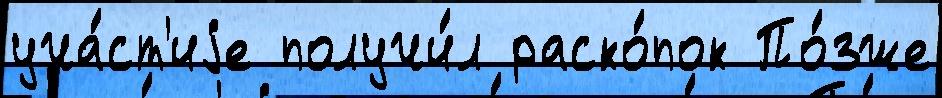
уча́ст'иjе получи́л раско́пок По́зже